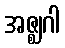
အဇ္ဈဂါ